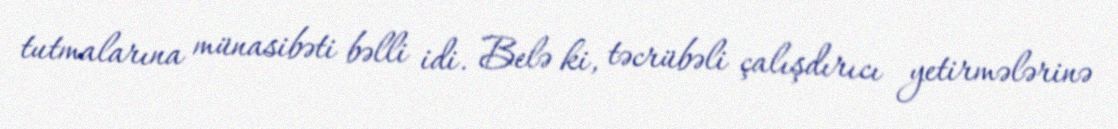
tutmalarına münasibəti bəlli idi. Belə ki, təcrübəli çalışdırıcı yetirmələrinə